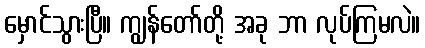
မှောင်သွားပြီ။ ကျွန်တော်တို့ အခု ဘာ လုပ်ကြမလဲ။